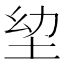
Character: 𭎍